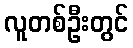
လူတစ်ဦးတွင်